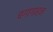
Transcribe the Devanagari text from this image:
बगागाहन